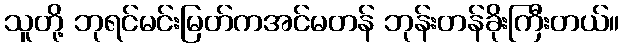
သူတို့ ဘုရင်မင်းမြတ်ကအင်မတန် ဘုန်းတန်ခိုးကြီးတယ်။